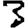
Digit: 3